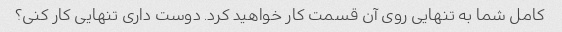
کامل شما به تنهایی روی آن قسمت کار خواهید کرد. دوست داری تنهایی کار کنی؟